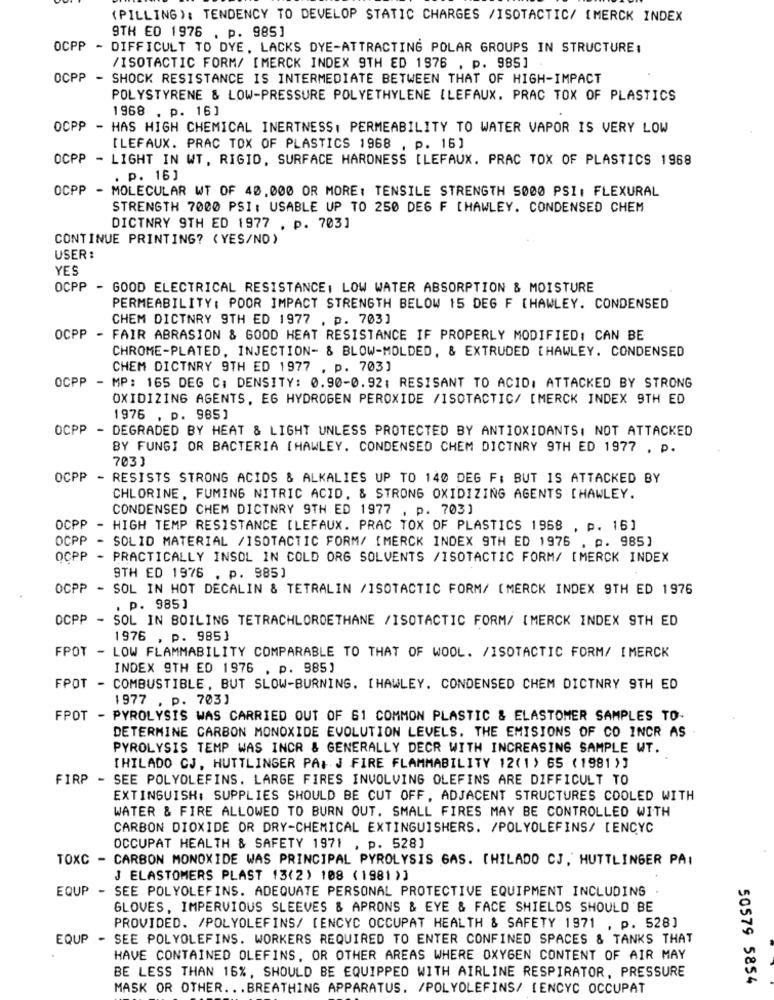
(PILLING): TENDENCY TO DEVELOP STATIC CHARGES /ISOTACTIC/ [MERCK INDEX
9TH ED 1976 . p. 985]
OCPP
- DIFFICULT TO DYE, LACKS DYE-ATTRACTING POLAR GROUPS IN STRUCTURE:
/ISOTACTIC FORM/ [MERCK INDEX 9TH ED 1976 . p. 985]
OCPP
- SHOCK RESISTANCE IS INTERMEDIATE BETWEEN THAT OF HIGH-IMPACT
POLYSTYRENE & LOW-PRESSURE POLYETHYLENE ILEFAUX. PRAC TOX OF PLASTICS
1968 . p. 16]
OCPP
- HAS HIGH CHEMICAL INERTNESS, PERMEABILITY TO WATER VAPOR IS VERY LOW
[LEFAUX. PRAC TOX OF PLASTICS 1968 , p. 16]
OCPP - LIGHT IN WT. RIGID, SURFACE HARDNESS [LEFAUX. PRAC TOX OF PLASTICS 1968
. p. 16]
OCPP - MOLECULAR WT OF 40,000 OR MORE: TENSILE STRENGTH 5000 PSI, FLEXURAL
STRENGTH 7000 PSI: USABLE UP TO 250 DE6 F [HAWLEY. CONDENSED CHEM
DICTNRY 9TH ED 1977 . p. 703]
CONTINUE PRINTING? (YES/NO)
USER :
YES
OCPP - GOOD ELECTRICAL RESISTANCE, LOW WATER ABSORPTION & MOISTURE
PERMEABILITY: POOR IMPACT STRENGTH BELOW 15 DEG F [HAWLEY. CONDENSED
CHEM DICTNRY 9TH ED 1977 . p. 703]
OCPP
- FAIR ABRASION & GOOD HEAT RESISTANCE IF PROPERLY MODIFIED: CAN BE
CHROME-PLATED, INJECTION- & BLOW-MOLDED, & EXTRUDED [HAWLEY. CONDENSED
CHEM DICTNRY 9TH ED 1977 , p. 703]
OCPP
- MP: 165 DEG C: DENSITY: 0.90-0.92: RESISANT TO ACID: ATTACKED BY STRONG
OXIDIZING AGENTS, EG HYDROGEN PEROXIDE /ISOTACTIC/ [MERCK INDEX 9TH ED
1976 , p. 985]
OCPP - DEGRADED BY HEAT & LIGHT UNLESS PROTECTED BY ANTIOXIDANTS: NOT ATTACKED
BY FUNGI OR BACTERIA [HAWLEY. CONDENSED CHEM DICTNRY 9TH ED 1977 . P.
703]
OCPP -
RESISTS STRONG ACIDS & ALKALIES UP TO 140 DEG F; BUT IS ATTACKED BY
CHLORINE, FUMING NITRIC ACID. & STRONG OXIDIZING AGENTS [HAWLEY.
CONDENSED CHEM DICTNRY 9TH ED 1977 , p. 703]
OCPP
-
HIGH TEMP RESISTANCE [LEFAUX. PRAC TOX OF PLASTICS 1968 , p. 16]
OCPP
- SOLID MATERIAL /ISOTACTIC FORM/ [MERCK INDEX 9TH ED 1976 . p. 985]
OCPP - PRACTICALLY INSOL IN COLD ORG SOLVENTS /ISOTACTIC FORM/ [MERCK INDEX
9TH ED 1976 . p. 985]
OCPP - SOL IN HOT DECALIN & TETRALIN /ISOTACTIC FORM/ [MERCK INDEX 9TH ED 1976
. P. 985]
OCPP - SOL IN BOILING TETRACHLOROETHANE /ISOTACTIC FORM/ [MERCK INDEX 9TH ED
1976 , p. 985]
FPOT -
LOW FLAMMABILITY COMPARABLE TO THAT OF WOOL. /ISOTACTIC FORM/ IMERCK
INDEX 9TH ED 1976 . p. 985)
FPOT - COMBUSTIBLE, BUT SLOW-BURNING. [HAWLEY. CONDENSED CHEM DICTNRY 9TH ED
1977 , p. 703]
FPOT - PYROLYSIS WAS CARRIED OUT OF 61 COMMON PLASTIC & ELASTOMER SAMPLES TO-
DETERMINE CARBON MONOXIDE EVOLUTION LEVELS. THE EMISIONS OF CO INCR AS
PYROLYSIS TEMP WAS INCR & GENERALLY DECR WITH INCREASING SAMPLE WT.
[HILADO CJ, HUTTLINGER PAI J FIRE FLAMMABILITY 12(1) 65 (1981)]
FIRP - SEE POLYOLEFINS. LARGE FIRES INVOLVING OLEFINS ARE DIFFICULT TO
EXTINGUISH: SUPPLIES SHOULD BE CUT OFF, ADJACENT STRUCTURES COOLED WITH
WATER & FIRE ALLOWED TO BURN OUT. SMALL FIRES MAY BE CONTROLLED WITH
CARBON DIOXIDE OR DRY-CHEMICAL EXTINGUISHERS. /POLYOLEFINS/ [ENCYC
OCCUPAT HEALTH & SAFETY 1971 , p. 528]
TOXC - CARBON MONOXIDE WAS PRINCIPAL PYROLYSIS GAS. [HILADO CJ, HUTTLINGER PAI
J ELASTOMERS PLAST 13(2) 108 (1981 )]
EQUP - SEE POLYOLEFINS. ADEQUATE PERSONAL PROTECTIVE EQUIPMENT INCLUDING
GLOVES, IMPERVIOUS SLEEVES & APRONS & EYE & FACE SHIELDS SHOULD BE
PROVIDED. /POLYOLEFINS/ [ENCYC OCCUPAT HEALTH & SAFETY 1971 , p. 528]
EQUP - SEE POLYOLEFINS. WORKERS REQUIRED TO ENTER CONFINED SPACES & TANKS THAT
HAVE CONTAINED OLEFINS, OR OTHER AREAS WHERE OXYGEN CONTENT OF AIR MAY
BE LESS THAN 16%, SHOULD BE EQUIPPED WITH AIRLINE RESPIRATOR, PRESSURE
50579 5854
MASK OR OTHER ... BREATHING APPARATUS. /POLYOLEFINS/ IENCYC OCCUPAT